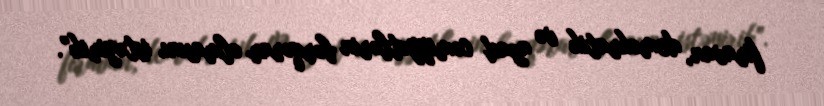
firavan, demokratik və azad cəmiyyətlərin bərqərar olmasını istəyirik”.